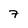
Character: 7